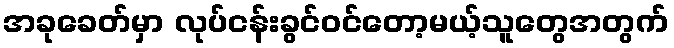
အခုခေတ်မှာ လုပ်ငန်းခွင်ဝင်တော့မယ့်သူတွေအတွက်